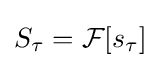
S_{\tau }={\mathcal {F}}[s_{\tau }]